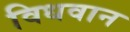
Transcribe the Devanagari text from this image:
विधवान